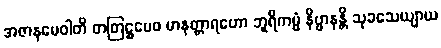
အဇာနမေဝါတိ တတြဋ္ဌမေဝ မာနတ္တာရဟော ဘူရိကမ္မံ နိဗ္ဗာနန္တိ သုခသေယျာယ